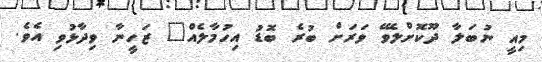
މިއީ ނުބަލާ ދޫކޮށްލެވޭ ވަރަށް ބުރެ ބޮޑު އިހުމާލެއް" ޒަހީނާ ވިދާޅުވި އެވެ.